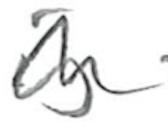
Text: is
Cross-out: wave
Writing tool: pencil